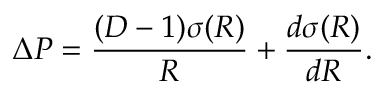
\Delta P = \frac { ( D - 1 ) \sigma ( R ) } { R } + \frac { d \sigma ( R ) } { d R } .